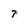
Character: 7